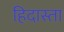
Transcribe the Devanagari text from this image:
हिदास्ता